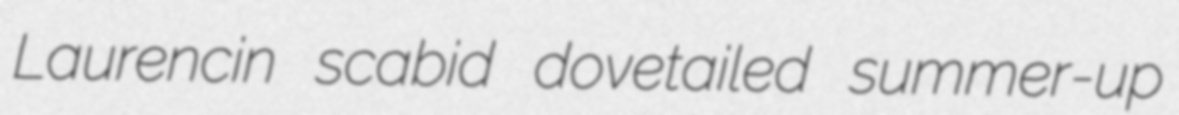
Laurencin scabid dovetailed summer-up